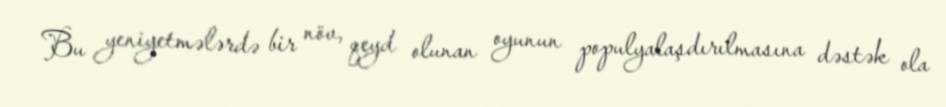
Bu yeniyetmələrdə bir növ, qeyd olunan oyunun populyalaşdırılmasına dəstək ola